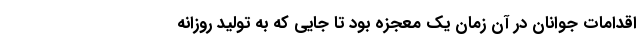
اقدامات جوانان در آن زمان یک معجزه بود تا جایی که به تولید روزانه